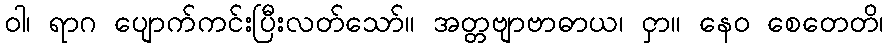
ဝါ၊ ရာဂ ပျောက်ကင်းပြီးလတ်သော်။ အတ္တဗျာဗာဓာယ၊ ငှာ။ နေဝ စေတေတိ၊